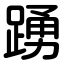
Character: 踴